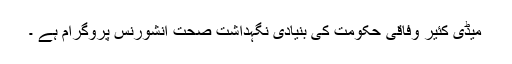
میڈی کئیر وفاقی حکومت کی بنیادی نگہداشت صحت انشورنس پروگرام ہے ۔